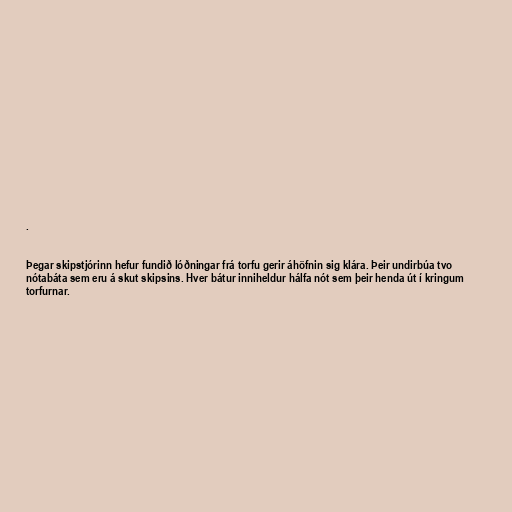
.

Þegar skipstjórinn hefur fundið lóðningar frá torfu gerir áhöfnin sig klára. Þeir undirbúa tvo
nótabáta sem eru á skut skipsins. Hver bátur inniheldur hálfa nót sem þeir henda út í kringum
torfurnar.